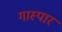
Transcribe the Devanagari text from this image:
गास्पार